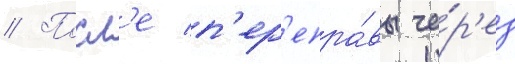
// Посл'е п'ер'епра́вы че́р'ез